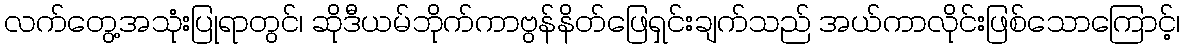
လက်တွေ့အသုံးပြုရာတွင်၊ ဆိုဒီယမ်ဘိုက်ကာဗွန်နိတ်ဖြေရှင်းချက်သည် အယ်ကာလိုင်းဖြစ်သောကြောင့်၊